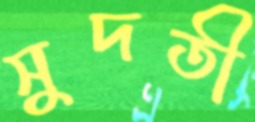
সুদতী